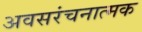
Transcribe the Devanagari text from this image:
अवसरंचनात्मक